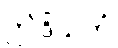
ဤဒိသကံ